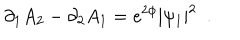
\partial _ { 1 } A _ { 2 } - \partial _ { 2 } A _ { 1 } = e ^ { 2 \phi } | \psi _ { 1 } | ^ { 2 } ~ ~ .